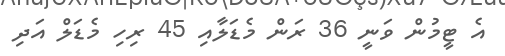
އެ ޓީމުން ވަނީ 36 ރަން މެޑަލާއި 45 ރިހި މެޑަލް އަދި